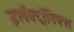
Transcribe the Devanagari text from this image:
इलॅक्ट्रॉनिक्स